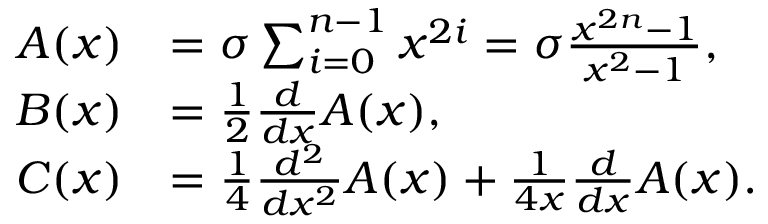
{ \begin{array} { r l } { A ( x ) } & { = \sigma \sum _ { i = 0 } ^ { n - 1 } x ^ { 2 i } = \sigma { \frac { x ^ { 2 n } - 1 } { x ^ { 2 } - 1 } } , } \\ { B ( x ) } & { = { \frac { 1 } { 2 } } { \frac { d } { d x } } A ( x ) , } \\ { C ( x ) } & { = { \frac { 1 } { 4 } } { \frac { d ^ { 2 } } { d x ^ { 2 } } } A ( x ) + { \frac { 1 } { 4 x } } { \frac { d } { d x } } A ( x ) . } \end{array} }